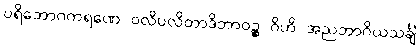
ပရိဘောဂကရဏေ ဝလိပလိတာဒိဘာဝဉ္စ ဂိဟိ အညဘာဂိယသင်္ချံ